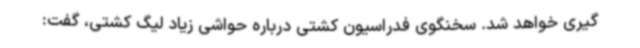
گیری خواهد شد. سخنگوی فدراسیون کشتی درباره حواشی زیاد لیگ کشتی، گفت: